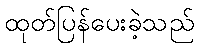
ထုတ်ပြန်ပေးခဲ့သည်